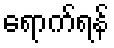
ရောက်ရန်